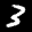
Label: 3